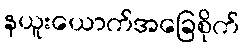
နယူးယောက်အခြေစိုက်